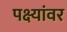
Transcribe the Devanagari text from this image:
पक्ष्यांवर